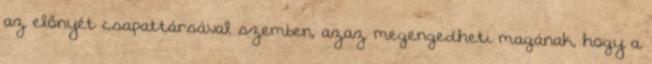
az előnyét csapattársával szemben, azaz megengedheti magának, hogy a